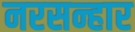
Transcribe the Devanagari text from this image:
नरसन्हार